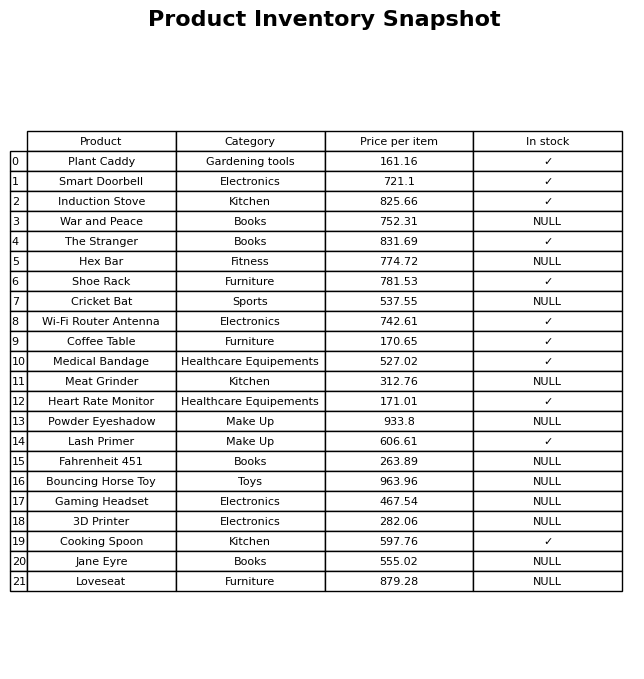
question: Which products are available in stock?
answer: Plant Caddy, Smart Doorbell, Induction Stove, The Stranger, Shoe Rack, Wi-Fi Router Antenna, Coffee Table, Medical Bandage, Heart Rate Monitor, Lash Primer, Cooking Spoon